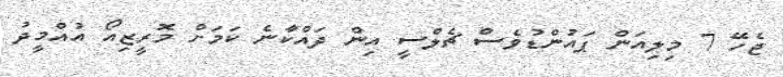
ޖެހޭ 7 މިލިއަން ޕައުންޑުވެސް ޗެލްސީ އިން ދައްކާނެ ކަމަށް މޮރީޒިއޯ އުއްމީދު